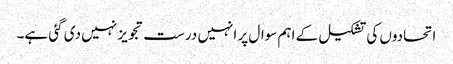
اتحادوں کی تشکیل کے اہم سوال پر انہیں درست تجویز نہیں دی گئی ہے۔